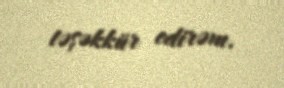
təşəkkür edirəm.